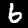
Digit: 6